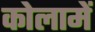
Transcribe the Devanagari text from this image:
कोलामें